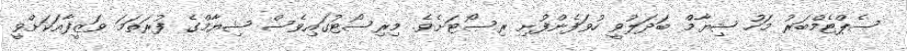
ސެޕްޓެމްބަރު މަހު ޝިޔާމް ބަދަލުވީ ހުވަފެންފުށި ރިސޯޓަށެވެ. މިރިސޯޓުގައިވެސް ޝިޔާމްގެ ފުރަތަމަ ވަޒީފާއަކަށްވީ